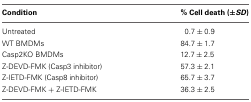
<table><thead><tr><td><b>Condition</b></td><td><b>% Cell death (±<i>SD</i>)</b></td></tr></thead><tbody><tr><td>Untreated</td><td>0.7 ± 0.9</td></tr><tr><td>WT BMDMs</td><td>84.7 ± 1.7</td></tr><tr><td>Casp2KO BMDMs</td><td>12.7 ± 2.5</td></tr><tr><td>Z-DEVD-FMK (Casp3 inhibitor)</td><td>57.3 ± 2.1</td></tr><tr><td>Z-IETD-FMK (Casp8 inhibitor)</td><td>65.7 ± 3.7</td></tr><tr><td>Z-DEVD-FMK + Z-IETD-FMK</td><td>36.3 ± 2.5</td></tr></tbody></table>